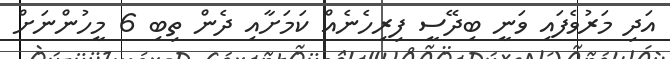
އަދި މަރުވެފައި ވަނީ ބިދޭސީ ފިރިހެނެއް ކަމަށާއި ދެން ތިބި 6 މީހުންނަށް